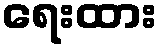
ရေးထား